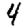
Digit: 4